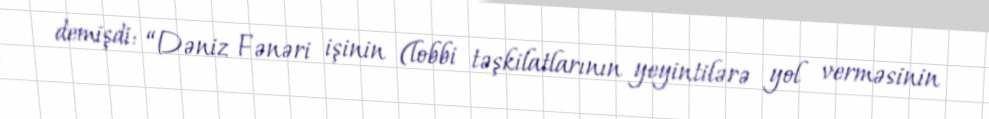
demişdi: “Dəniz Fənəri işinin (lobbi təşkilatlarının yeyintilərə yol verməsinin